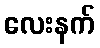
လေးနက်